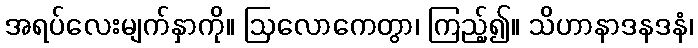
အရပ်လေးမျက်နှာကို။ ဩလောကေတွာ၊ ကြည့်၍။ သိဟာနာဒနဒနံ၊